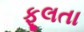
ફૂલતા